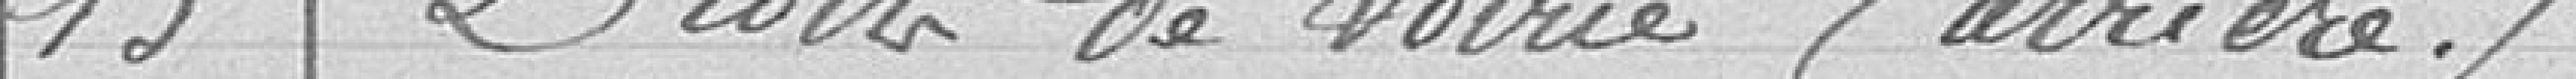
13 - Droits de voirie (arriéré)